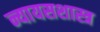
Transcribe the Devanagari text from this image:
न्यायसशास्त्र